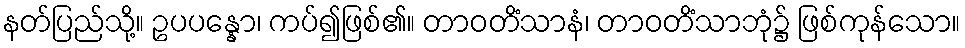
နတ်ပြည်သို့။ ဥပပန္နော၊ ကပ်၍ဖြစ်၏။ တာဝတိံသာနံ၊ တာဝတိံသာဘုံ၌ ဖြစ်ကုန်သော။